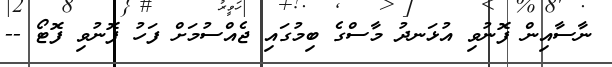
ނާސާއިން ފޮނުވި އުޅަނދު މާސްގެ ބިމުގައި ޖެއްސުމަށް ފަހު ފޮނުވި ފޮޓޯ --